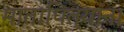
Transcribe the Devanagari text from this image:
मातापित्यांना